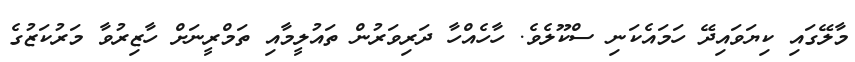
މާލޭގައި ކިޔަވައިދޭ ހަމައެކަނި ސްކޫލެވެ. ހާހެއްހާ ދަރިވަރުން ތައުލީމާއި ތަމްރީނަށް ހާޒިރުވާ މަރުކަޒުގެ